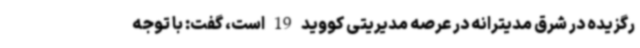
رگزیده در شرق مدیترانه در عرصه مدیریتی کووید 19 است، گفت: با توجه